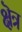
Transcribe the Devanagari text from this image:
क्षॆत्र